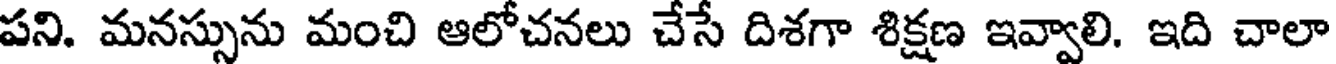
పని. మనస్సును మంచి ఆలోచనలు చేసే దిశగా శిక్షణ ఇవ్వాలి. ఇది చాలా